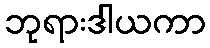
ဘုရားဒါယကာ